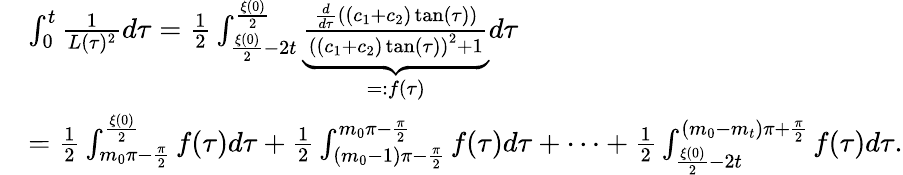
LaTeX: \begin{array}{rl}&{\int_{0}^{t}\frac{1}{L(\tau)^{2}}d\tau=\frac{1}{2}\int_{\frac{\xi(0)}{2}-2t}^{\frac{\xi(0)}{2}}\underbrace{\frac{\frac{d}{d\tau}\left((c_{1}+c_{2})\tan(\tau)\right)}{\left((c_{1}+c_{2})\tan(\tau)\right)^{2}+1}}_{=:f(\tau)}d\tau}\\ &{=\frac{1}{2}\int_{m_{0}\pi-\frac{\pi}{2}}^{\frac{\xi(0)}{2}}f(\tau)d\tau+\frac{1}{2}\int_{(m_{0}-1)\pi-\frac{\pi}{2}}^{m_{0}\pi-\frac{\pi}{2}}f(\tau)d\tau+\dots+\frac{1}{2}\int_{\frac{\xi(0)}{2}-2t}^{(m_{0}-m_{t})\pi+\frac{\pi}{2}}f(\tau)d\tau.}\end{array}